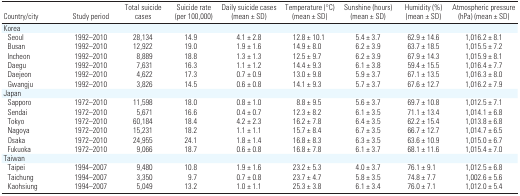
<table><thead><tr><td><b>Country/city</b></td><td><b>Study period</b></td><td><b>Total suicide cases</b></td><td><b>Suicide rate (per 100,000)</b></td><td><b>Daily suicide cases (mean ± SD)</b></td><td><b>Temperature (°C) (mean ± SD)</b></td><td><b>Sunshine (hours) (mean ± SD)</b></td><td><b>Humidity (%) (mean ± SD)</b></td><td><b>Atmospheric pressure (hPa) (mean ± SD)</b></td></tr></thead><tbody><tr><td><b>Korea</b></td></tr><tr><td><b>Seoul</b></td><td>1992–2010</td><td>28,134</td><td>14.9</td><td>4.1 ± 2.8</td><td>12.8 ± 10.1</td><td>5.4 ± 3.7</td><td>62.9 ± 14.6</td><td>1,016.2 ± 8.1</td></tr><tr><td><b>Busan</b></td><td>1992–2010</td><td>12,922</td><td>19.0</td><td>1.9 ± 1.6</td><td>14.9 ± 8.0</td><td>6.2 ± 3.9</td><td>63.7 ± 18.5</td><td>1,015.5 ± 7.2</td></tr><tr><td><b>Incheon</b></td><td>1992–2010</td><td>8,889</td><td>18.8</td><td>1.3 ± 1.3</td><td>12.5 ± 9.7</td><td>6.2 ± 3.9</td><td>67.9 ± 14.3</td><td>1,015.9 ± 8.1</td></tr><tr><td><b>Daegu</b></td><td>1992–2010</td><td>7,631</td><td>16.3</td><td>1.1 ± 1.2</td><td>14.4 ± 9.3</td><td>6.1 ± 3.8</td><td>59.4 ± 15.5</td><td>1,016.4 ± 7.7</td></tr><tr><td><b>Daejeon</b></td><td>1992–2010</td><td>4,622</td><td>17.3</td><td>0.7 ± 0.9</td><td>13.0 ± 9.8</td><td>5.9 ± 3.7</td><td>67.1 ± 13.5</td><td>1,016.3 ± 8.0</td></tr><tr><td><b>Gwangju</b></td><td>1992–2010</td><td>3,826</td><td>14.5</td><td>0.6 ± 0.8</td><td>14.1 ± 9.3</td><td>5.7 ± 3.7</td><td>67.6 ± 12.7</td><td>1,016.2 ± 7.9</td></tr><tr><td><b>Japan</b></td></tr><tr><td><b>Sapporo</b></td><td>1972–2010</td><td>11,598</td><td>18.0</td><td>0.8 ± 1.0</td><td>8.8 ± 9.5</td><td>5.6 ± 3.7</td><td>69.7 ± 10.8</td><td>1,012.5 ± 7.1</td></tr><tr><td><b>Sendai</b></td><td>1972–2010</td><td>5,671</td><td>16.6</td><td>0.4 ± 0.7</td><td>12.3 ± 8.2</td><td>6.1 ± 3.5</td><td>71.1 ± 13.4</td><td>1,014.1 ± 6.8</td></tr><tr><td><b>Tokyo</b></td><td>1972–2010</td><td>60,184</td><td>18.4</td><td>4.2 ± 2.3</td><td>16.2 ± 7.8</td><td>6.4 ± 3.5</td><td>62.2 ± 15.4</td><td>1,013.8 ± 6.8</td></tr><tr><td><b>Nagoya</b></td><td>1972–2010</td><td>15,231</td><td>18.2</td><td>1.1 ± 1.1</td><td>15.7 ± 8.4</td><td>6.7 ± 3.5</td><td>66.7 ± 12.7</td><td>1,014.7 ± 6.5</td></tr><tr><td><b>Osaka</b></td><td>1972–2010</td><td>24,955</td><td>24.1</td><td>1.8 ± 1.4</td><td>16.8 ± 8.3</td><td>6.3 ± 3.5</td><td>63.6 ± 10.9</td><td>1,015.0 ± 6.7</td></tr><tr><td><b>Fukuoka</b></td><td>1972–2010</td><td>9,066</td><td>18.7</td><td>0.6 ± 0.8</td><td>16.8 ± 7.8</td><td>6.1 ± 3.7</td><td>68.1 ± 11.6</td><td>1,015.4 ± 7.0</td></tr><tr><td><b>Taiwan</b></td></tr><tr><td><b>Taipei</b></td><td>1994–2007</td><td>9,480</td><td>10.8</td><td>1.9 ± 1.6</td><td>23.2 ± 5.3</td><td>4.0 ± 3.7</td><td>76.1 ± 9.1</td><td>1,012.5 ± 6.8</td></tr><tr><td><b>Taichung</b></td><td>1994–2007</td><td>3,350</td><td>9.7</td><td>0.7 ± 0.8</td><td>23.7 ± 4.7</td><td>5.8 ± 3.5</td><td>74.8 ± 7.7</td><td>1,002.6 ± 5.6</td></tr><tr><td><b>Kaohsiung</b></td><td>1994–2007</td><td>5,049</td><td>13.2</td><td>1.0 ± 1.1</td><td>25.3 ± 3.8</td><td>6.1 ± 3.4</td><td>76.0 ± 7.1</td><td>1,012.0 ± 5.4</td></tr></tbody></table>